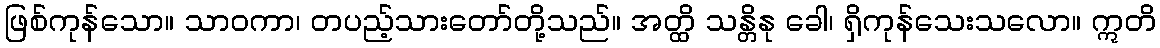
ဖြစ်ကုန်သော။ သာဝကာ၊ တပည့်သားတော်တို့သည်။ အတ္ထိ သန္တိနု ခေါ၊ ရှိကုန်သေးသလော။ ဣတိ